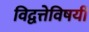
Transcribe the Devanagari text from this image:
विद्वत्तेविषयीं